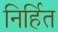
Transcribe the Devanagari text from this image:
निर्हित